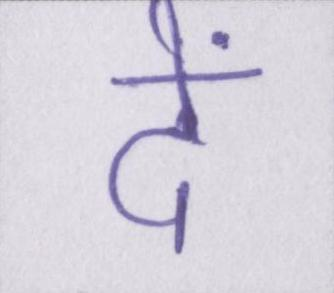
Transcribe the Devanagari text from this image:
दें